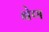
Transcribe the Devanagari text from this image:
बेण